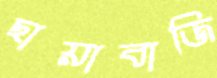
ছায়াবাজি